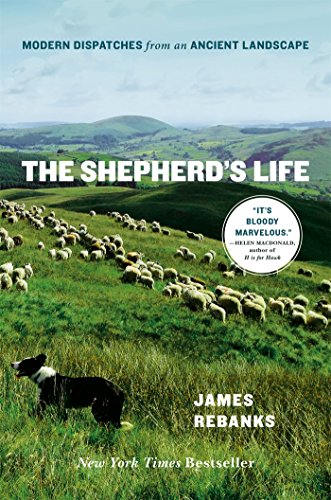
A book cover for The Shepherd's Life: Modern Dispatches from an Ancient Landscape; James Rebanks; Science & Math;